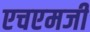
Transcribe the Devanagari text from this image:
एचएमजी